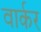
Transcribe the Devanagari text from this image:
वार्कर